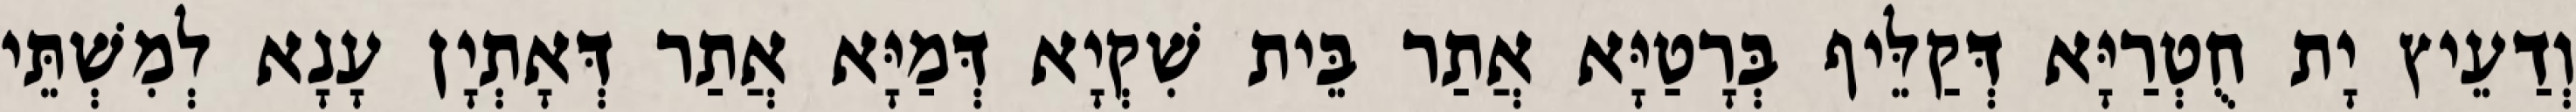
וְדַעֵיץ יָת חֻטְרַיָּא דְּקַלֵּיף בְּרָטַיָּא אֲתַר בֵּית שִׁקְיָא דְּמַיָּא אֲתַר דְּאָתְיָן עָנָא לְמִשְׁתֵּי